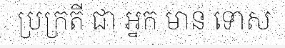
ប្រក្រតី ជា អ្នក មាន ទោស